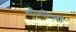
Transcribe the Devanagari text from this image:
चौथीची